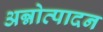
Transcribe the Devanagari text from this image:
अन्नोत्पादन